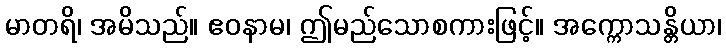
မာတရိ၊ အမိသည်။ ဧဝနာမ၊ ဤမည်သောစကားဖြင့်။ အက္ကောသန္တိယာ၊